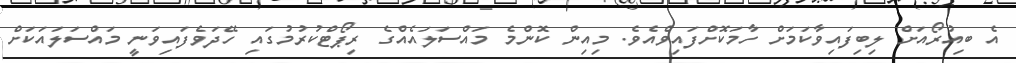
އެ ބިއުރޯއަށް ލިބިފައިވާކަމަށް ހާމަކޮށްފައިވެއެވެ. މިއިން ކޮންމެ މައްސަލައެއްގެ ރިޕޯޓްކުރުމުގައި ހޭދަވެފައިވަނީ މައްސަލައަކަށް